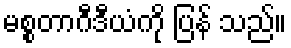
မစ္စတာဂီဒီယံကို ပြန် သည်။